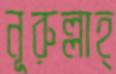
নূরুল্লাহ্